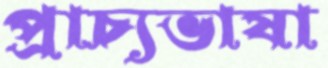
প্রাচ্যভাষা